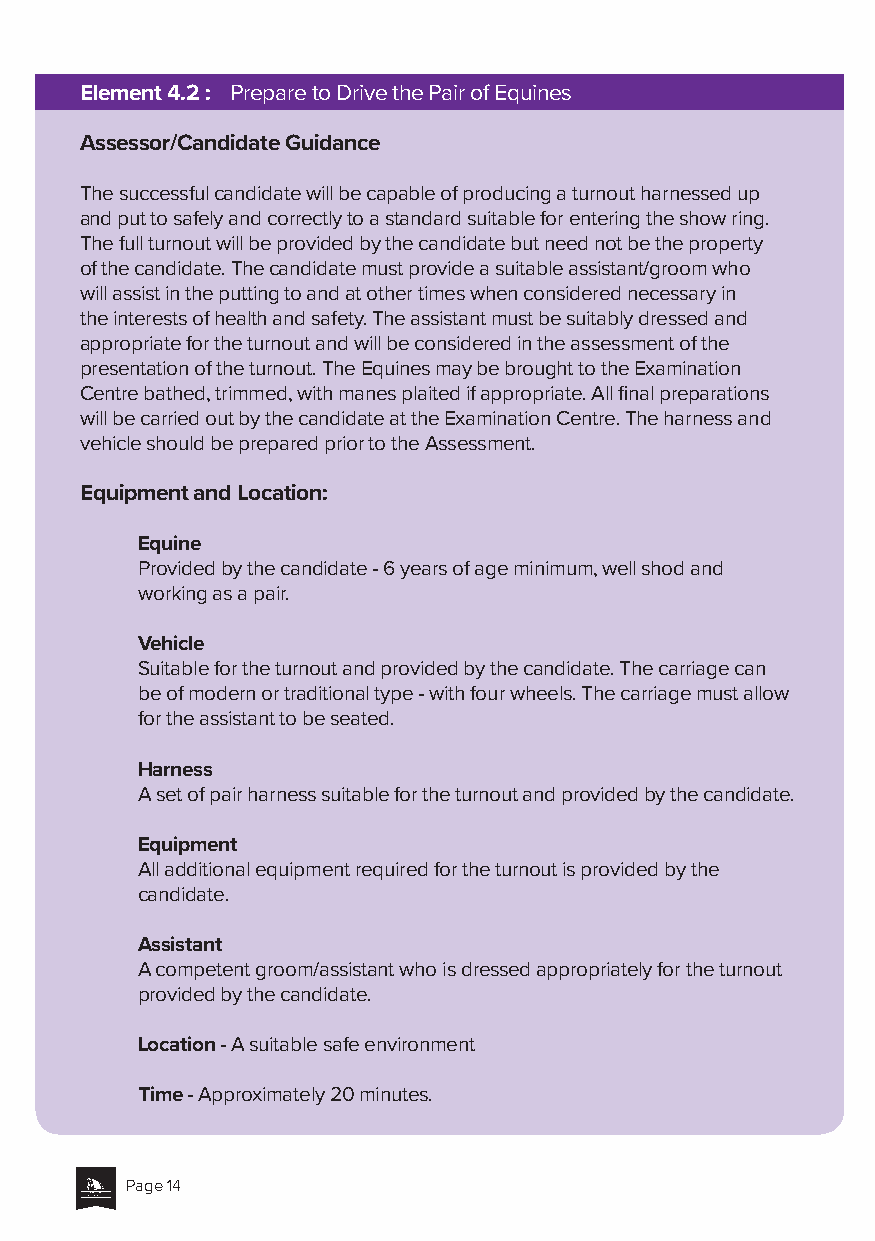
Element 4.2 : Prepare to Drive the Pair of Equines
 Assessor/Candidate Guidance
 The successful candidate will be capable of producing a turnout harnessed up
 and put to safely and correctly to a standard suitable for entering the show ring.
 The full turnout will be provided by the candidate but need not be the property
 of the candidate. The candidate must provide a suitable assistant/groom who
 will assist in the putting to and at other times when considered necessary in
 the interests of health and safety. The assistant must be suitably dressed and
 appropriate for the turnout and will be considered in the assessment of the
 presentation of the turnout. The Equines may be brought to the Examination
 Centre bathed, trimmed, with manes plaited if appropriate. All final preparations
 will be carried out by the candidate at the Examination Centre. The harness and
 vehicle should be prepared prior to the Assessment.
 Equipment and Location:
 Equine
 Provided by the candidate - 6 years of age minimum, well shod and
 working as a pair.
 Vehicle
 Suitable for the turnout and provided by the candidate. The carriage can
 be of modern or traditional type - with four wheels. The carriage must allow
 for the assistant to be seated.
 Harness
 A set of pair harness suitable for the turnout and provided by the candidate.
 Equipment
 All additional equipment required for the turnout is provided by the
 candidate.
 Assistant
 A competent groom/assistant who is dressed appropriately for the turnout
 provided by the candidate.
 Location - A suitable safe environment
 Time - Approximately 20 minutes.
 Page 14